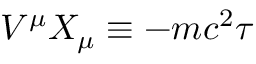
V ^ { \mu } X _ { \mu } \equiv - m c ^ { 2 } \tau